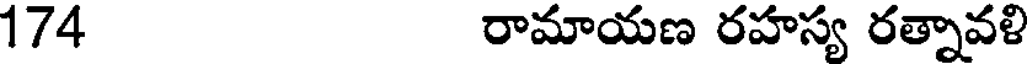
174 రామాయణ రహస్య రత్నావళి